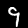
Label: 9